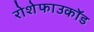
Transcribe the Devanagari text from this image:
रोशेफाउकॉड